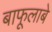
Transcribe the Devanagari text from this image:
बाफूलाबे